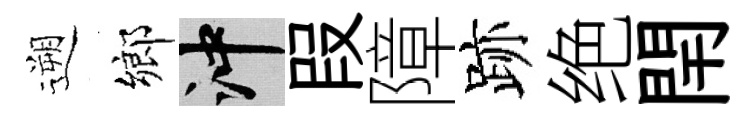
遡鄉冲叚障跡绝閈